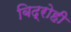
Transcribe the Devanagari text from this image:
बिद्रोही